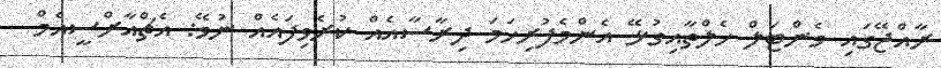
ރާއްޖޭގައި މެންޓަލް ހެލްތާއިގުޅޭ އެންމެފުރިހަމަ ދިރާސާއެއް ކުރެވިފައެއް ނުވޭ: އެޗްއާރްސީއެމް